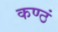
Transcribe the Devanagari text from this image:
कण्ठं